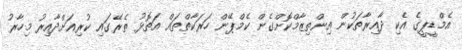
އެމްޑީޕީގެ އެކި ދާއިރާތަކުން އިންތިޒާމްކޮށްގެން ކެމްޕޭން ހަރަކާތްތައް އަތޮޅު ތެރޭގައި ކުރިއަށްދާއިރު މިހާރު